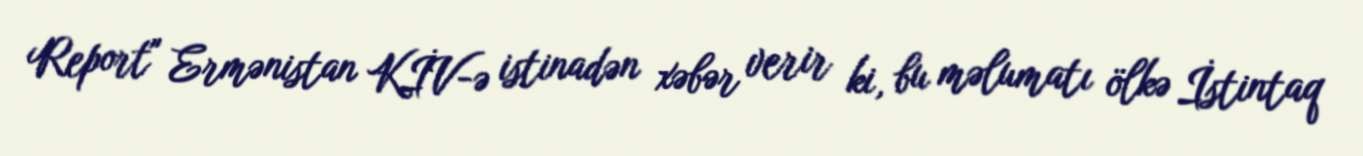
Report" Ermənistan KİV-ə istinadən xəbər verir ki, bu məlumatı ölkə İstintaq